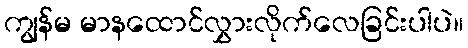
ကျွန်မ မာနထောင်လွှားလိုက်လေခြင်းပါပဲ။